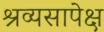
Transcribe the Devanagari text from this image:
श्रव्यसापेक्ष